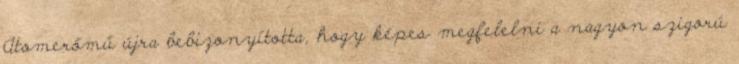
Atomerőmű újra bebizonyította, hogy képes megfelelni a nagyon szigorú